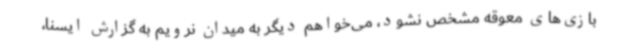
بازی‌های معوقه مشخص نشود، می‌خواهم دیگر به میدان نرویم به گزارش ایسنا،